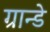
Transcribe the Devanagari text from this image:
ग्रान्डे